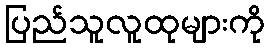
ပြည်သူလူထုများကို